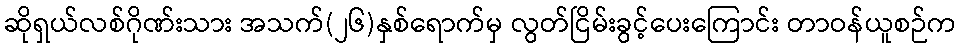
ဆိုရှယ်လစ်ဂိုဏ်းသား အသက်(၂၆)နှစ်ရောက်မှ လွတ်ငြိမ်းခွင့်ပေးကြောင်း တာဝန်ယူစဉ်က